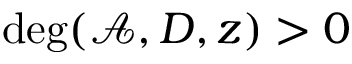
\deg ( \mathcal { A } , D , z ) > 0